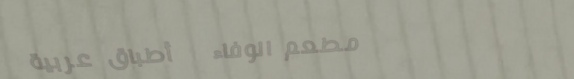
مطعم الوفاء   أطباق عربية